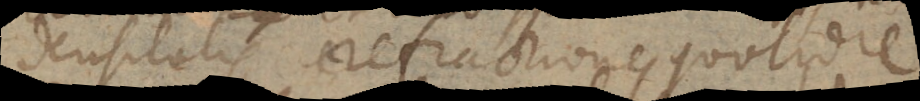
densitatis refractiones quotidie